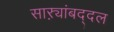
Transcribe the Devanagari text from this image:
साऱ्यांबद्दल